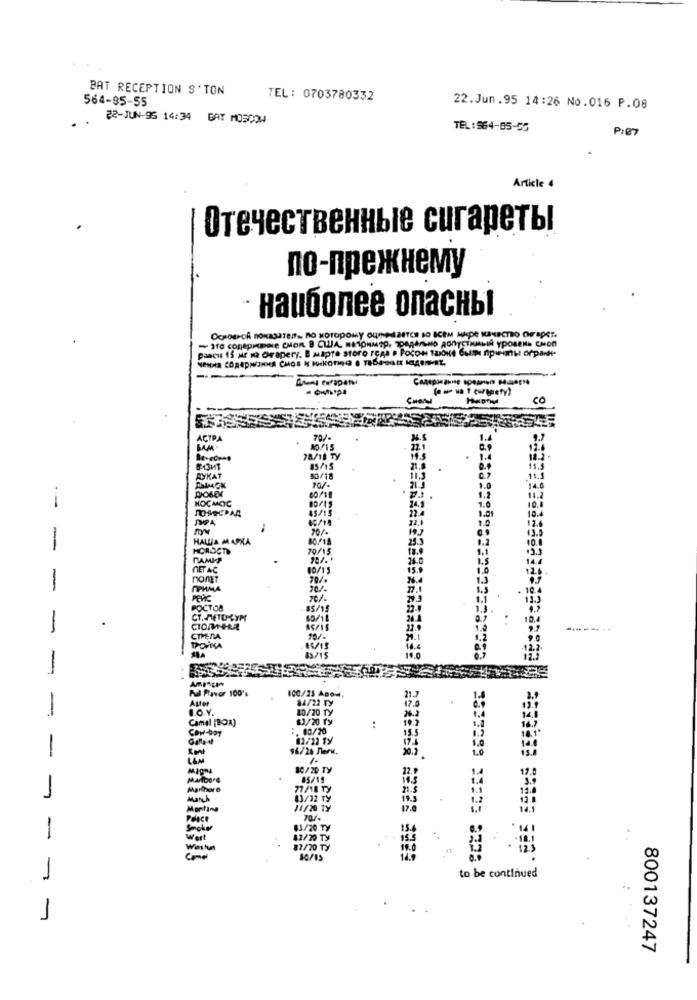
BAT RECEPTION S' TON
564-85-55
TEL: 0703780332
22.Jun.95 14:26 No.016 P.08
22-JUN-96 14:34 GAT MOSCOW
TEL:964-05-55
P:07
Article 4
Отечественные сигареты
по-прежнему
наиболее опасны
OCHDEPOR BOKAGUTES. NO NOTOPOLY GUMPERTCE DO SCEN WEIDE KINECTRO OF APET.
Pancu 15 ME Ma Orapery. B alapte storo rcas a Pocon 12010 6um npwhatit orparki-
Amund Curapan
CHOM
CO
ACTPA
BAM .
78/18 Ty
B13HT
85/15
RYKAT
11.5
DOSE
21.3
.0
24.3
1.2
1.0
1-
10.0
22.4
1.01
-
HALLA MAPKA
HORSCTD
RAMIP
24.0
NET AC
nonEt
-
PMMA
10
PEVC
POCTOS
CT. HETD-LYPY
-
CIOMeLA
-
COPERA
TROVKA
Pd Favor 100's
100/25 Anos.
Astor
84/22 Ty
21.3
80/20 Ty
-
Camal [BOX)
$3/20 Ty
Cow-boy
:. 00/20
96/26 nerv.
10
-
Magna
80/20 TY
85/19
Mørthere
77/18 Ty
March
43/12 Ty
1.5
1.2
Montina
11/20 TY
17.8
14.1
Palace
1
83/20 TV
156
14 1
fest
42/20 TX
15.5
West
82/20 TY
Come
80/15
3333399 33333 8728
1
to be continued
1
800137247